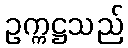
ဥက္ကဋ္ဌသည်